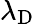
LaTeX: \lambda_{\mathrm{D}}